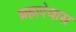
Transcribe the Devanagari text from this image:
ब्रह्मदेवास